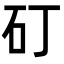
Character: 矴